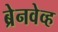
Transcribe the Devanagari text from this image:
ब्रेनवेव्ह